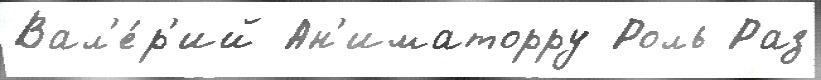
Вал'е́р'ий Ан'иматорру Роль Раз